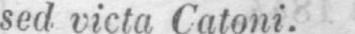
sed victa Catoni.